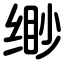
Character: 缈